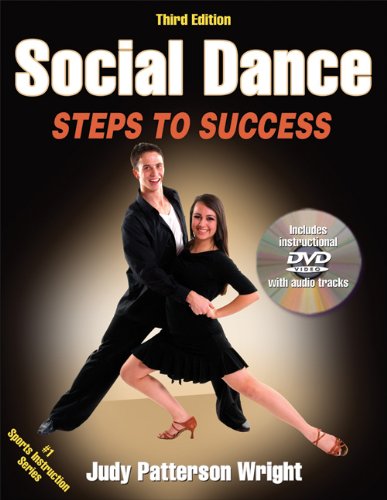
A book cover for Social Dance-3rd Edition: Steps to Success; Judy Wright; Humor & Entertainment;